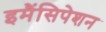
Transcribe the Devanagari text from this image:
इमैंसिपेशन